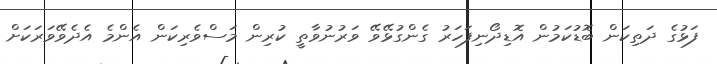
ފަޅުގެ ދަތިކަން ބޮޑުކަމުން އޮޑިދޯނިފަހަރު ގެންގުޅޭވޭ ވަރުނުވާތީ ކުރިން މަސްވެރިކަން އެންމެ އެދެވޭވަރަކަށް